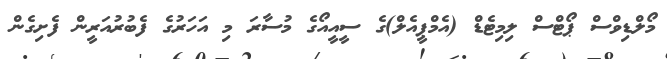
މޯލްޑިވްސް ޕޯޓްސް ލިމިޓެޑް (އެމްޕީއެލް)ގެ ސީއީއޯގެ މުސާރަ މި އަހަރުގެ ފެބުރުއަރީން ފެށިގެން